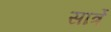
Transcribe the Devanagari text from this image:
सार्त्रे